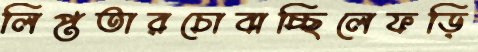
লিপ্ততারচোবাচ্ছিলেফড়ি